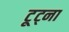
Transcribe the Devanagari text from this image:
टूट्ना